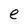
Character: e